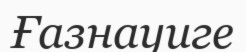
Ғазнауиге